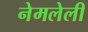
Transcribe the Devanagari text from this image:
नेमलेली